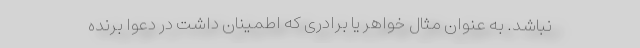
نباشد. به عنوان مثال خواهر یا برادری که اطمینان داشت در دعوا برنده